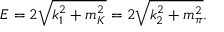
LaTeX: E = 2 \sqrt { k _ { 1 } ^ { 2 } + m _ { K } ^ { 2 } } = 2 \sqrt { k _ { 2 } ^ { 2 } + m _ { \pi } ^ { 2 } } .